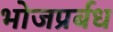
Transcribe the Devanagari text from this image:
भोजप्रर्बध